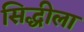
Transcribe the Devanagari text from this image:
सिद्धीला